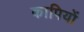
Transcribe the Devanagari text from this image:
कापियों